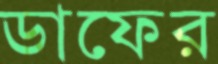
ডাফের